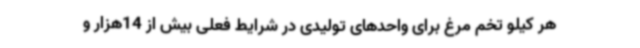
هر کیلو تخم مرغ برای واحدهای تولیدی در شرایط فعلی بیش از 14هزار و